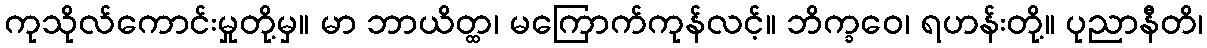
ကုသိုလ်ကောင်းမှုတို့မှ။ မာ ဘာယိတ္ထ၊ မကြောက်ကုန်လင့်။ ဘိက္ခဝေ၊ ရဟန်းတို့။ ပုညာနီတိ၊